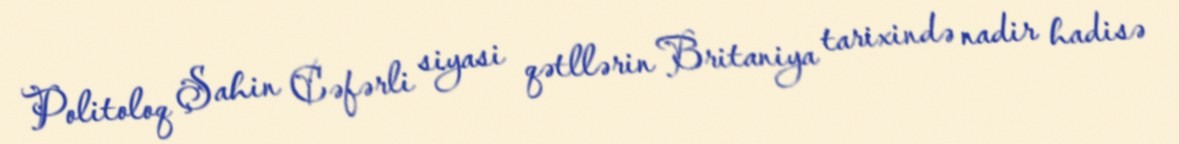
Politoloq Şahin Cəfərli siyasi qətllərin Britaniya tarixində nadir hadisə